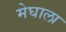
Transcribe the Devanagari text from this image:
मेघाला